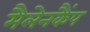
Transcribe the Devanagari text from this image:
मैलेनकैंप